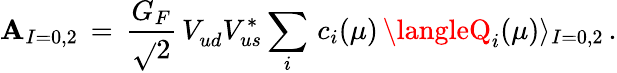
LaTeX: \mathbf{A}_{I=0,2}\, =\, \frac{{G_{F}}}{{\sqrt{}{{2}}}}\, V_{ud}^{}V_{us}^{*}\sum_{i}\, c_{i}(\mu)\, \langleQ_{i}(\mu)\rangle_{I=0,2}\, .